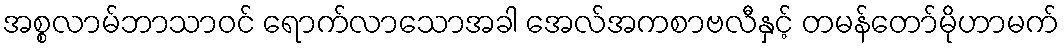
အစ္စလာမ်ဘာသာဝင် ရောက်လာသောအခါ အေလ်အကစာဗလီနှင့် တမန်တော်မိုဟာမက်